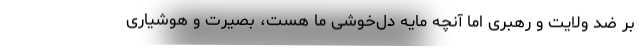
بر ضد ولایت و رهبری اما آنچه مایه دل‌خوشی ما هست، بصیرت و هوشیاری